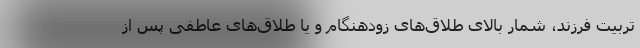
تربیت فرزند، شمار بالای طلاق‌های زودهنگام و یا طلاق‌های عاطفی پس از